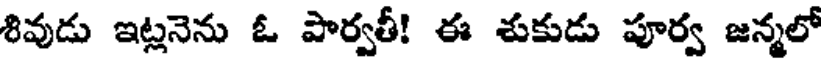
శివుడు ఇట్లనెను ఓ పార్వతీ! ఈ శుకుడు పూర్వ జన్మలో